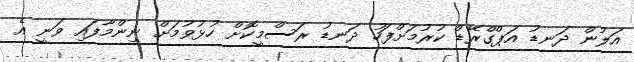
އަލުން ދަނޑު އަޕްގްރޭޑް ކުރުމަށްފަހު ދަނޑު ރަސްމީކޮށް ހުޅުވުމަށް ނިންމާފައި ވަނީ އެ